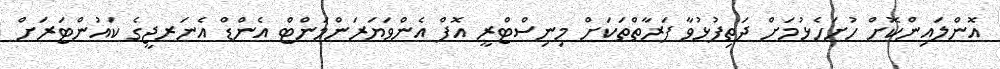
އޮންލައިންކޮށް ހުށަހެޅުމަށް ދަތިފުޅުވާ ފަރާތްތަކަށް މިނިސްޓްރީ އޮފް އެންވަޔަރަންމަންޓް އެންޑް އެނަރޖީގެ ކައުންޓަރަށް